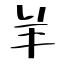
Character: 羊